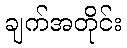
ချက်အတိုင်း